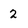
Character: 2